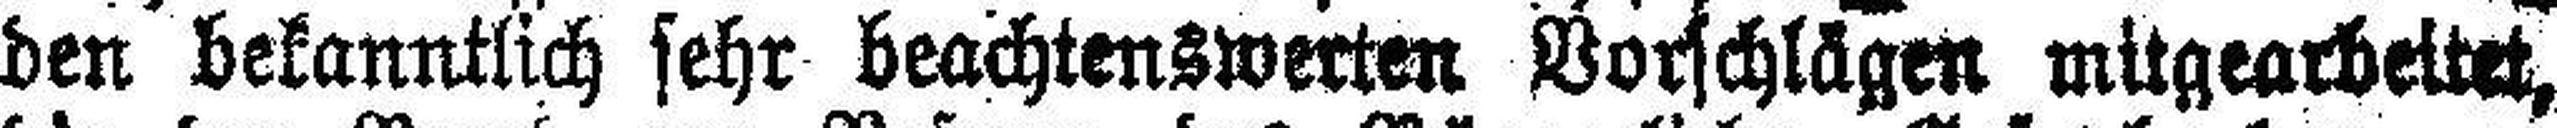
den bekanntlich sehr beachtenswerten Vorschlägen mitgearbeitet,